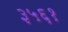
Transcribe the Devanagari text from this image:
३५६१